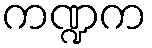
ကဏ္ဍက